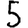
Digit: 5